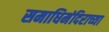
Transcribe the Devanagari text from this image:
समाधिमंदिराच्या